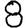
Digit: 8